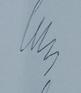
Signature authenticity: genuine